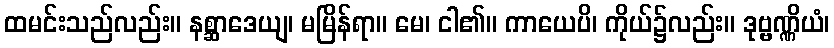
ထမင်းသည်လည်း။ နစ္ဆာဒေယျ၊ မမြိန်ရာ။ မေ၊ ငါ၏။ ကာယေပိ၊ ကိုယ်၌လည်း။ ဒုဗ္ဗဏ္ဏိယံ၊